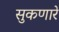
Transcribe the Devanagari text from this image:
सुकणारे